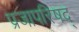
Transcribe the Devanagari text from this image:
प्रजापरिषद्